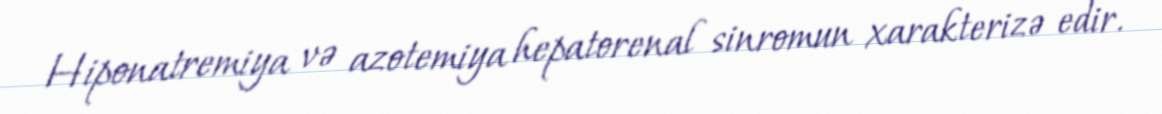
Hiponatremiya və azotemiya hepatorenal sinromun xarakterizə edir.